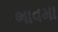
ભાવમા